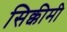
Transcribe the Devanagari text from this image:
सिक्कीमी